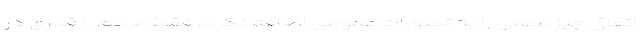
اتفاق چیز مهمی را به تصورات عمومی اضافه نکرد، فقط مردم را قدری در